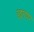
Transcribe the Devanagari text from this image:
छतपर